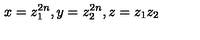
x = z _ { 1 } ^ { 2 n } , y = z _ { 2 } ^ { 2 n } , z = z _ { 1 } z _ { 2 }